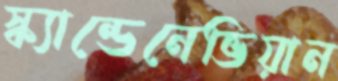
স্ক্যান্ডেনেভিয়ান